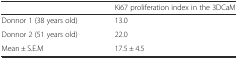
|  | Ki67 proliferation index in the 3DCaM |
 | --- | --- |
 | Donnor 1 (38 years old) | 13.0 |
 | Donnor 2 (51 years old) | 22.0 |
 | Mean ± S.E.M | 17.5 ± 4.5 |